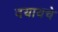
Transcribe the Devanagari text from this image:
दयायचे